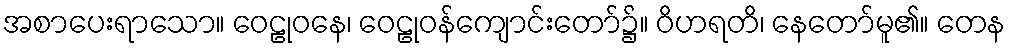
အစာပေးရာသော။ ဝေဠုဝနေ၊ ဝေဠုဝန်ကျောင်းတော်၌။ ဝိဟရတိ၊ နေတော်မူ၏။ တေန